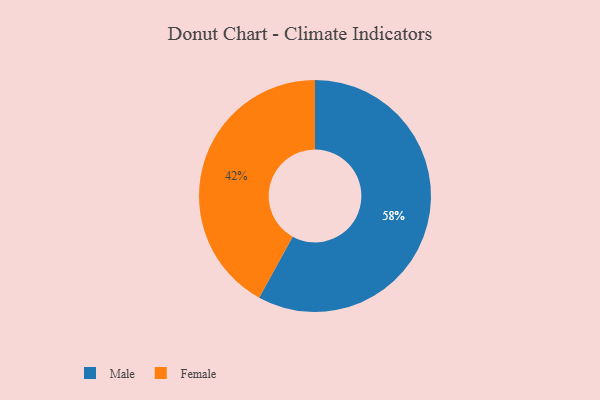
{"axis": {"x": "Category", "y": "Percentage"}, "legend": ["Female", "Male"], "data": [{"x": "Female", "y": 42, "type": "Female"}, {"x": "Male", "y": 58, "type": "Male"}]}